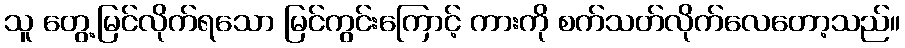
သူ တွေ့မြင်လိုက်ရသော မြင်ကွင်းကြောင့် ကားကို စက်သတ်လိုက်လေတော့သည်။